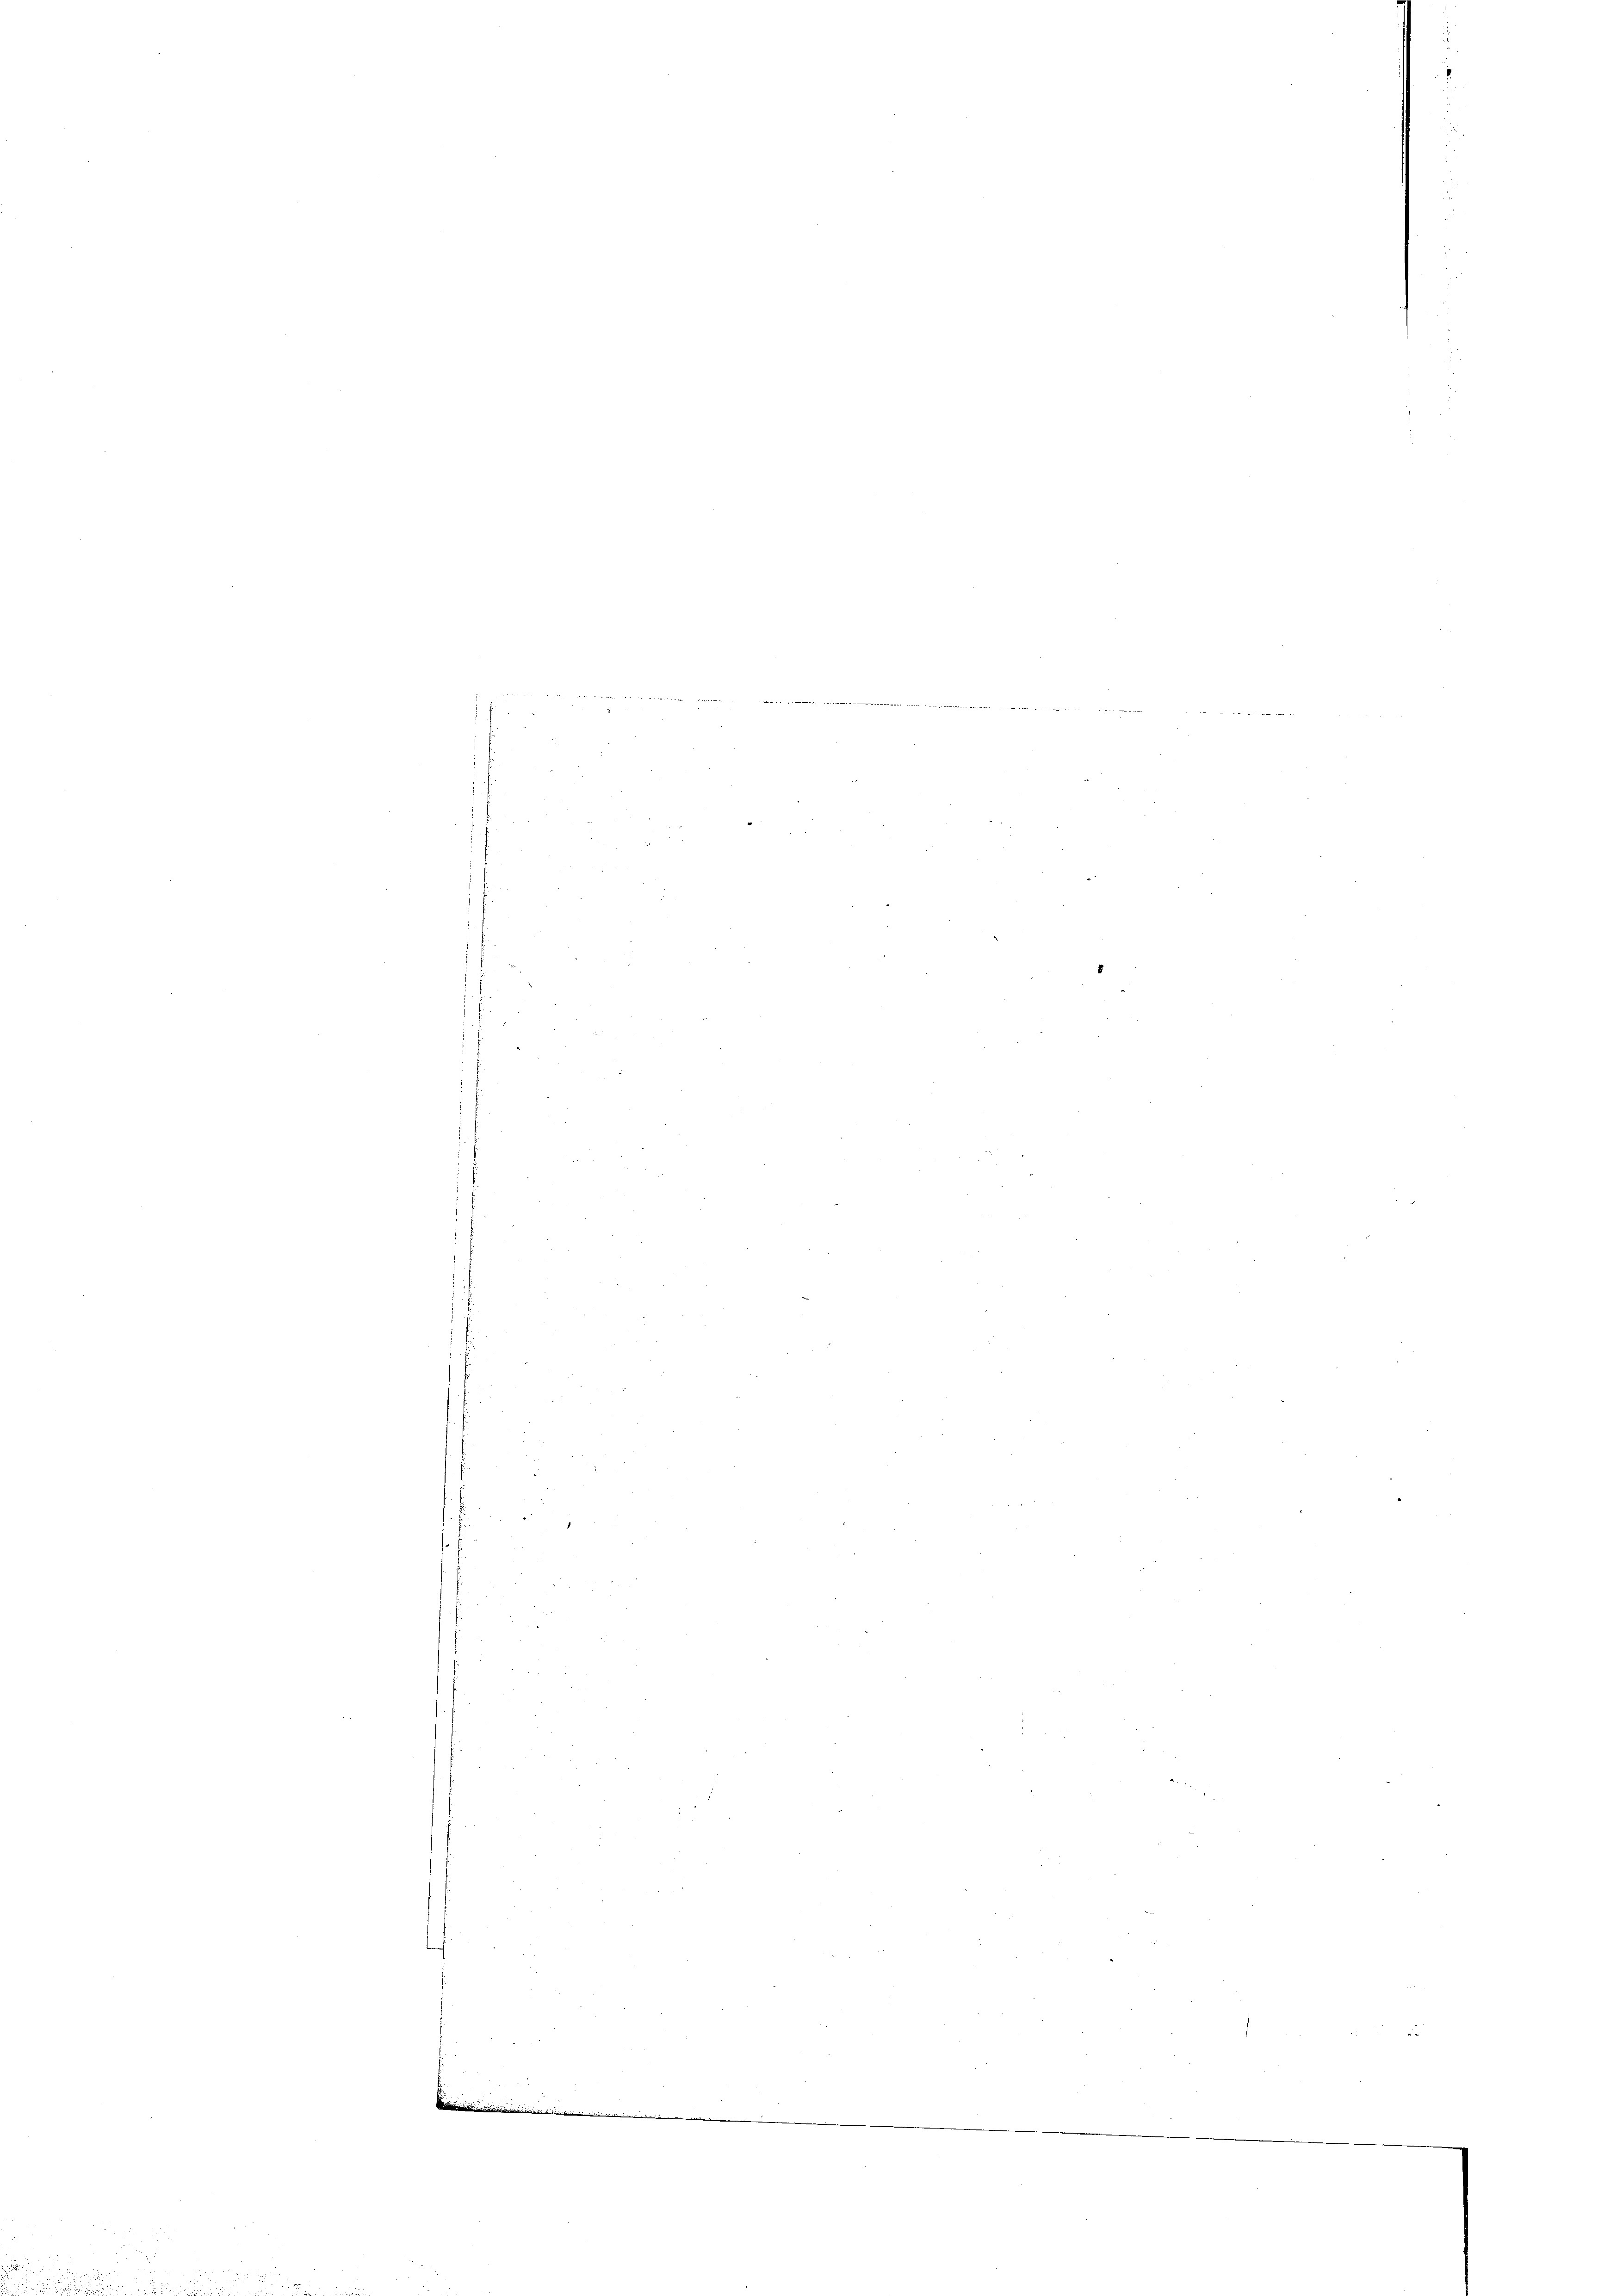
f
t